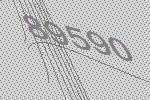
89590